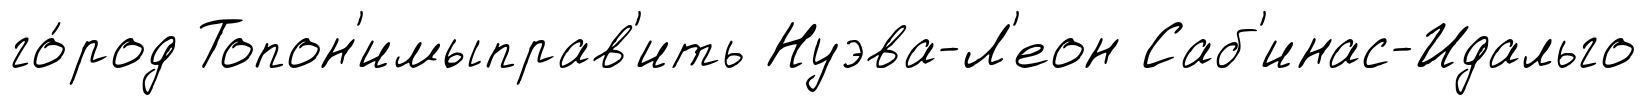
го́род Топон'имыправ'ить Нуэва-Л'еон Саб'инас-Идальго